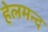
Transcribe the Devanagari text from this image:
हेलमन्द